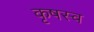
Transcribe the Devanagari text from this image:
कृषस्व